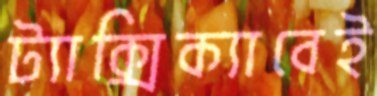
ট্যাক্সিক্যাবেই